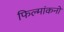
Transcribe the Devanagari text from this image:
फिल्मांकनों